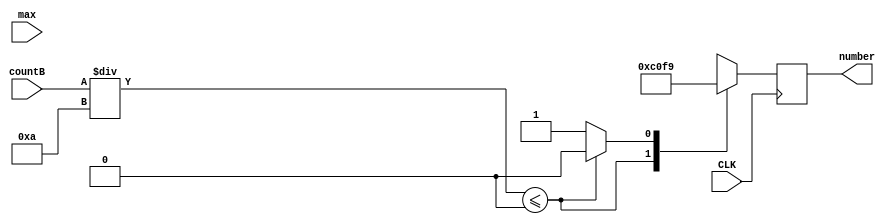
`timescale 1ns / 1ps
//////////////////////////////////////////////////////////////////////////////////
// Company: 
// Engineer: 
// 
// Design Name: 
// Module Name: numberscrollB
// Project Name: 
// Target Devices: 
// Tool Versions: 
// Description: 
// 
// Dependencies: 
// 
// Revision:
// Revision 0.01 - File Created
// Additional Comments:
// 
//////////////////////////////////////////////////////////////////////////////////


module numberscrollB(input CLK ,input [11:0]max,  output reg[7:0]number = 0, input[15:0]countB );
reg counter = 0;
always@ (posedge CLK)
    begin
    if ((countB/10) <= 0)
        counter = 0;
    else
        counter = 1;
    case(counter)
        0:  
            number <= 8'b11000000; //0
        1:
            number <= 8'b11111001; //1
        default:
            counter = 1;
        endcase       
    end

endmodule